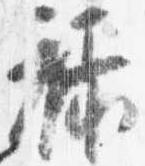
禄